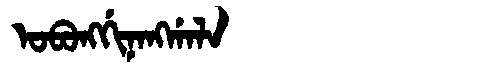
Manchu: ᠣᠪᠣᠩᡤᡳᠨᠠᠩᡤᠠᠯᠠ
Romanization: OBONGGINANGGALA